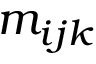
m _ { i j k }